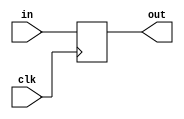
module DFF(
	input in,
	output reg out,
	input clk
);

always @(posedge clk) begin
	out = in;
end

endmodule